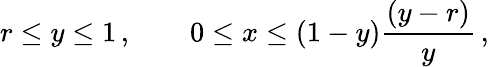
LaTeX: r\le y\le 1\, ,\qquad 0\le x\le(1-y)\frac{(y-r)}{y}\, ,